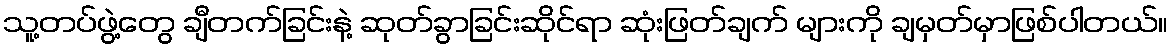
သူ့တပ်ဖွဲ့တွေ ချီတက်ခြင်းနဲ့ ဆုတ်ခွာခြင်းဆိုင်ရာ ဆုံးဖြတ်ချက် များကို ချမှတ်မှာဖြစ်ပါတယ်။